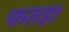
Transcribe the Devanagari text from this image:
फतह।